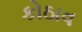
કોઠાવ